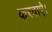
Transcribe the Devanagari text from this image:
करवाऐ।